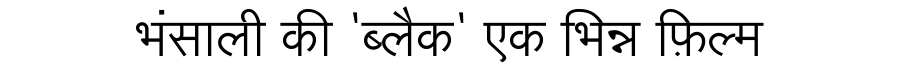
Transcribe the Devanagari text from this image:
भंसाली की 'ब्लैक' एक भिन्न फ़िल्म